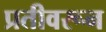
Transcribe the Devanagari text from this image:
प्रतीवरून